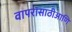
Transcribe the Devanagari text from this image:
वापरासाठीआणि